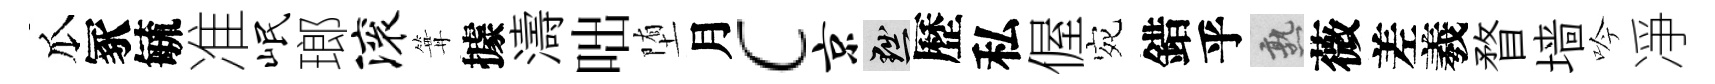
瓜冢毓准岷瑯滚篝據濤咄堕月c京黜歷私偓宛錯乎熟薇差羲瞀墙吟凈